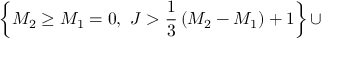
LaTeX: \left\{ M _ { 2 } \ge M _ { 1 } = 0 , ~ J > { \frac { 1 } { 3 } } \left( M _ { 2 } - M _ { 1 } \right) + 1 \right\} \cup